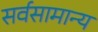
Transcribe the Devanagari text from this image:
सर्वसामान्‍य